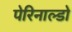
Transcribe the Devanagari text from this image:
पेरिनाल्डो